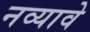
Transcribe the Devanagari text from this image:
नव्यावे